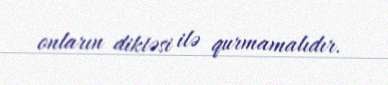
onların diktəsi ilə qurmamalıdır.